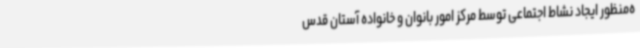
ه‌منظور ایجاد نشاط اجتماعی توسط مرکز امور بانوان و خانواده آستان قدس